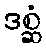
ဒစ္ဆံ